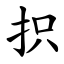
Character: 抧